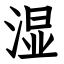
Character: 湿